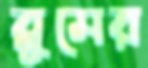
ব্লুমের